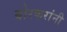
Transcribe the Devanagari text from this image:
बोरकरांनी